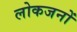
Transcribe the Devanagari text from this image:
लोकजनों